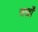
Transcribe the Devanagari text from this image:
चर्खों